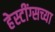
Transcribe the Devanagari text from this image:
हेस्टींग्सच्या